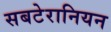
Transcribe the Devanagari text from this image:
सबटेरानियन